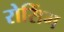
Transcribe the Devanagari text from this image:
रोसिंग